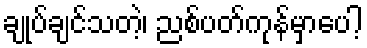
ချုပ်ချင်သတဲ့၊ ညစ်ပတ်ကုန်မှာပေါ့